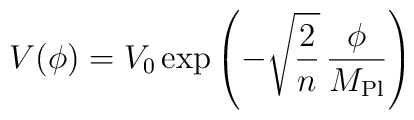
V(\phi) = V_0 \exp \left( - \sqrt{ \frac{2}{n}} \, \frac{\phi}{M_{\rm Pl}}\right)